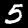
Digit: 5